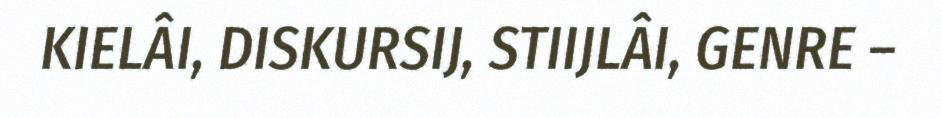
KIELÂI, DISKURSIJ, STIIJLÂI, GENRE –